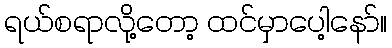
ရယ်စရာလို့တော့ ထင်မှာပေါ့နော်။